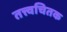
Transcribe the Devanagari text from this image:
तत्त्वचितक